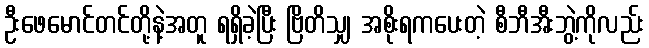
ဦးဖေမောင်တင်တို့နဲ့အတူ ရရှိခဲ့ပြီး ဗြိတိသျှ အစိုးရကပေးတဲ့ စီဘီအီးဘွဲ့ကိုလည်း